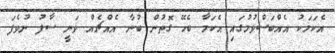
އެކަމަކު އެއްބަސްވުމުގައި އެކަމާ ބެހޭ ގޮތުން ބުނާ އެއްޗެއް ވަނީ ސާފު ނުވެފަ